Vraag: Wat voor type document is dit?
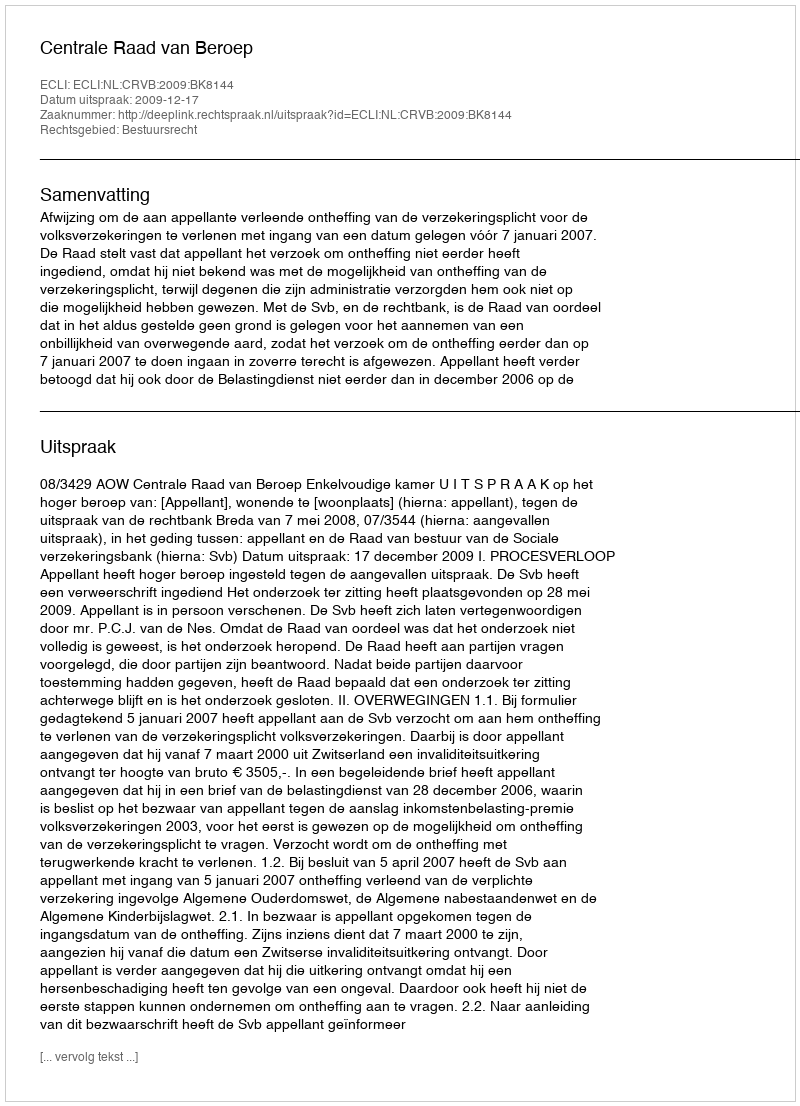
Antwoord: Uitspraak